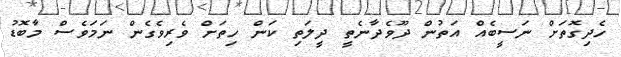
ހެދިގޮތަށް ނަސީބެއް އަތުން ދޫވެދާނެތީ ދީލަތި ކަން ހިތަށް ވެރިވެގެން ނަމަވެސް މާބޮޑު